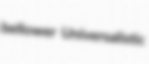
bellower Universalistic